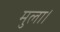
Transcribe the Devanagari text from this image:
मुला।